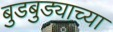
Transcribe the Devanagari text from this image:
बुडबुड्याच्या